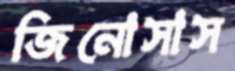
জিনোসাস